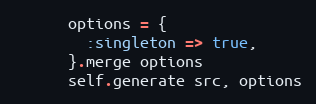
Language: Ruby
      options = {
        :singleton => true,
      }.merge options
      self.generate src, options